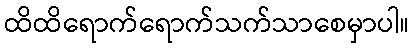
ထိထိရောက်ရောက်သက်သာစေမှာပါ။